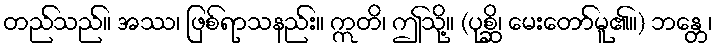
တည်သည်။ အဿ၊ ဖြစ်ရာသနည်း။ ဣတိ၊ ဤသို့။ (ပုစ္ဆိ၊ မေးတော်မူ၏။) ဘန္တေ၊